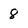
Character: 8